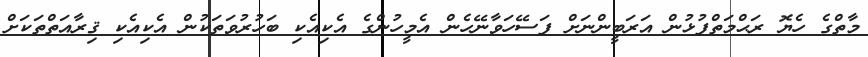
މާތްގެ ހެޔޮ ރަޙްމަތްފުޅުން އަރަބީންނަށް ފަސޭހަވާނޭހެން އެމީހުންގެ އެކިއެކި ބަހުރުވަތަކުން އެކިއެކި ޤިރާއަތްތަކަށް